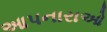
આપનારાઓ